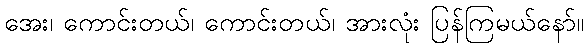
အေး၊ ကောင်းတယ်၊ ကောင်းတယ်၊ အားလုံး ပြန်ကြမယ်နော်။